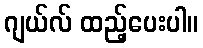
ဂျယ်လ် ထည့်ပေးပါ။